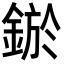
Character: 𨨡